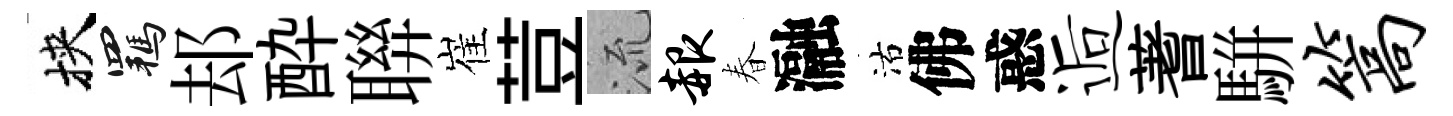
挾羈𨚫酔聨崔荳𣴑赧春瀜沽佛惑逅蓍駢篙